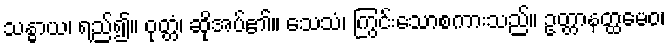
သန္ဓာယ၊ ရည်၍။ ဝုတ္တံ၊ ဆိုအပ်၏။ သေသံ၊ ကြွင်းသောစကားသည်။ ဥတ္တာနတ္ထမေဝ၊